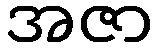
အဇာ